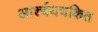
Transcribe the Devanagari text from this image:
आर्श्चयचकित